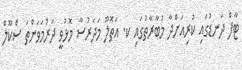
ޓާފް ދަނޑުގައި ކުރިއަށްދާ މުބާރާތުގައި ކ. އަތޮލޫ މަދަރުސާ މޮޅުވީ ދަރުމަވަންތަ ސްކޫލް